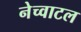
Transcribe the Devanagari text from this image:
नेच्वाटल